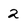
Character: 2